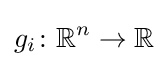
g_{i}\colon \mathbb {R} ^{n}\rightarrow \mathbb {R}